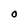
Character: 0